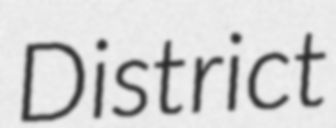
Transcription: District